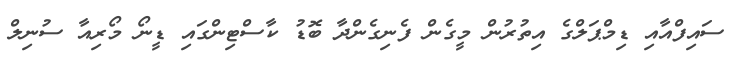
ސައިފްއާއި ޑިމްޕަލްގެ އިތުރުން މީގެން ފެނިގެންދާ ބޮޑު ކާސްޓިންގައި ޑީނޯ މޯރިއާ ސުނިލް